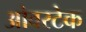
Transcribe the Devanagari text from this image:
ओवरटेक